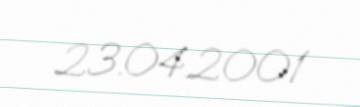
23.04.2001